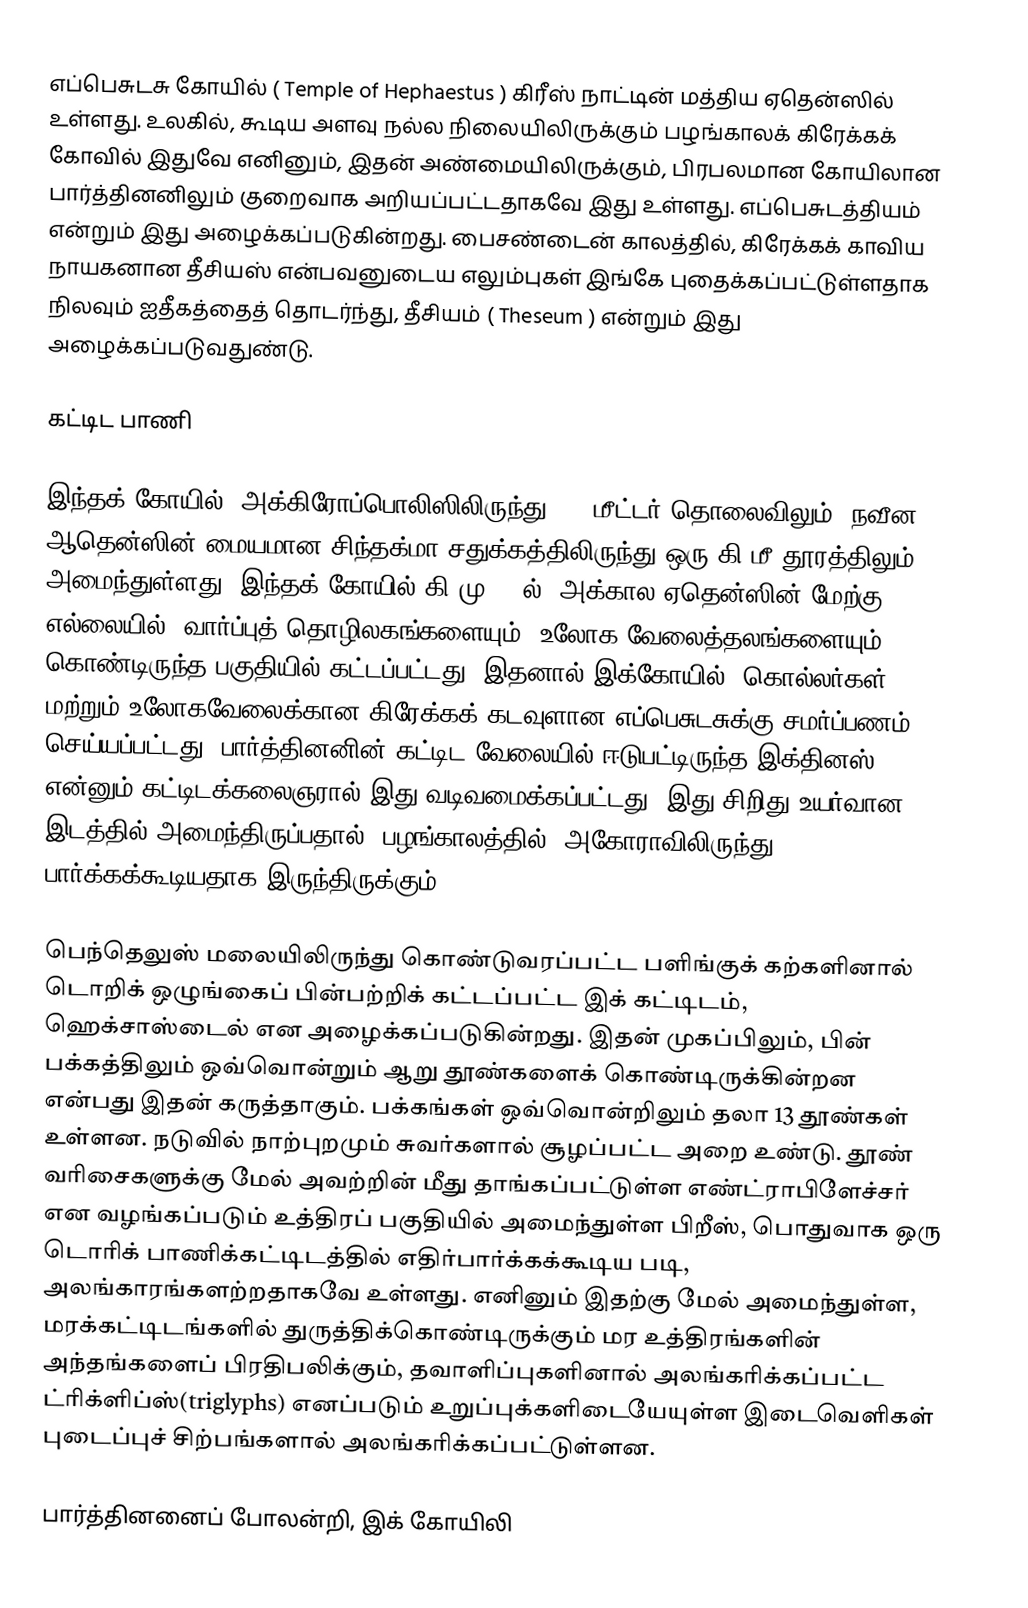
எப்பெசுடசு கோயில் ( Temple of Hephaestus ) கிரீஸ் நாட்டின் மத்திய ஏதென்ஸில் உள்ளது. உலகில், கூடிய அளவு நல்ல நிலையிலிருக்கும் பழங்காலக் கிரேக்கக் கோவில் இதுவே எனினும், இதன் அண்மையிலிருக்கும், பிரபலமான கோயிலான பார்த்தினனிலும் குறைவாக அறியப்பட்டதாகவே இது உள்ளது. எப்பெசுடத்தியம் என்றும் இது அழைக்கப்படுகின்றது. பைசண்டைன் காலத்தில், கிரேக்கக் காவிய நாயகனான தீசியஸ் என்பவனுடைய எலும்புகள் இங்கே புதைக்கப்பட்டுள்ளதாக நிலவும் ஐதீகத்தைத் தொடர்ந்து, தீசியம் ( Theseum ) என்றும் இது அழைக்கப்படுவதுண்டு.

கட்டிட பாணி

இந்தக் கோயில், அக்கிரோப்பொலிஸிலிருந்து 500 மீட்டர் தொலைவிலும், நவீன ஆதென்ஸின் மையமான சிந்தக்மா சதுக்கத்திலிருந்து ஒரு கி.மீ தூரத்திலும் அமைந்துள்ளது. இந்தக் கோயில் கி.மு 449ல், அக்கால ஏதென்ஸின் மேற்கு எல்லையில், வார்ப்புத் தொழிலகங்களையும், உலோக வேலைத்தலங்களையும் கொண்டிருந்த பகுதியில் கட்டப்பட்டது. இதனால் இக்கோயில், கொல்லர்கள் மற்றும் உலோகவேலைக்கான கிரேக்கக் கடவுளான எப்பெசுடசுக்கு சமர்ப்பணம் செய்யப்பட்டது. பார்த்தினனின் கட்டிட வேலையில் ஈடுபட்டிருந்த இக்தினஸ் என்னும் கட்டிடக்கலைஞரால் இது வடிவமைக்கப்பட்டது. இது சிறிது உயர்வான இடத்தில் அமைந்திருப்பதால், பழங்காலத்தில், அகோராவிலிருந்து பார்க்கக்கூடியதாக இருந்திருக்கும்.

பெந்தெலுஸ் மலையிலிருந்து கொண்டுவரப்பட்ட பளிங்குக் கற்களினால் டொறிக் ஒழுங்கைப் பின்பற்றிக் கட்டப்பட்ட இக் கட்டிடம், ஹெக்சாஸ்டைல் என அழைக்கப்படுகின்றது. இதன் முகப்பிலும், பின் பக்கத்திலும் ஒவ்வொன்றும் ஆறு தூண்களைக் கொண்டிருக்கின்றன என்பது இதன் கருத்தாகும். பக்கங்கள் ஒவ்வொன்றிலும் தலா 13 தூண்கள் உள்ளன. நடுவில் நாற்புறமும் சுவர்களால் சூழப்பட்ட அறை உண்டு. தூண் வரிசைகளுக்கு மேல் அவற்றின் மீது தாங்கப்பட்டுள்ள எண்ட்ராபிளேச்சர் என வழங்கப்படும் உத்திரப் பகுதியில் அமைந்துள்ள பிறீஸ், பொதுவாக ஒரு டொரிக் பாணிக்கட்டிடத்தில் எதிர்பார்க்கக்கூடிய படி, அலங்காரங்களற்றதாகவே உள்ளது. எனினும் இதற்கு மேல் அமைந்துள்ள, மரக்கட்டிடங்களில் துருத்திக்கொண்டிருக்கும் மர உத்திரங்களின் அந்தங்களைப் பிரதிபலிக்கும், தவாளிப்புகளினால் அலங்கரிக்கப்பட்ட ட்ரிக்ளிப்ஸ்(triglyphs) எனப்படும் உறுப்புக்களிடையேயுள்ள இடைவெளிகள் புடைப்புச் சிற்பங்களால் அலங்கரிக்கப்பட்டுள்ளன.

பார்த்தினனைப் போலன்றி, இக் கோயிலி